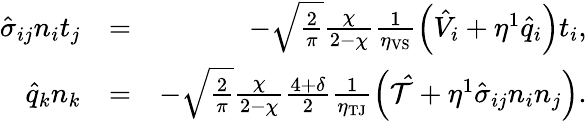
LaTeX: \begin{array}{rlr}{\hat{\sigma}_{ij}n_{i}t_{j}}&{=}&{-\sqrt{\frac{2}{\pi}}\frac{\chi}{2-\chi}\frac{1}{\eta_{\mathrm{VS}}}\left(\hat{V}_{i}+\eta^{1}\hat{q}_{i}\right)t_{i}\mathrm{,}}\\ {\hat{q}_{k}n_{k}}&{=}&{-\sqrt{\frac{2}{\pi}}\frac{\chi}{2-\chi}\frac{4+\delta}{2}\frac{1}{\eta_{\mathrm{TJ}}}\left(\mathcal{\hat{T}}+\eta^{1}\hat{\sigma}_{ij}n_{i}n_{j}\right)\mathrm{.}}\end{array}